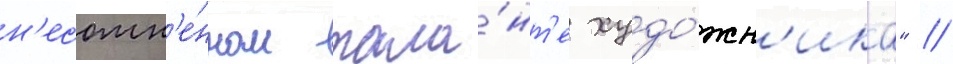
н'есомн'е́нном тала́нт'е худо́жн'ика" //